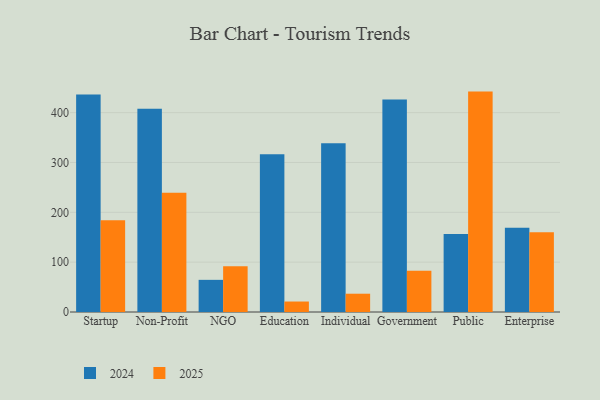
{"axis": {"x": "Segment", "y": "Waste Production (Tons)"}, "legend": ["2024", "2025"], "data": [{"x": "Startup", "y": 184.0, "type": "2025"}, {"x": "Startup", "y": 436.2, "type": "2024"}, {"x": "Non-Profit", "y": 239.1, "type": "2025"}, {"x": "Non-Profit", "y": 407.9, "type": "2024"}, {"x": "NGO", "y": 91.9, "type": "2025"}, {"x": "NGO", "y": 64.5, "type": "2024"}, {"x": "Education", "y": 21.0, "type": "2025"}, {"x": "Education", "y": 316.5, "type": "2024"}, {"x": "Individual", "y": 36.7, "type": "2025"}, {"x": "Individual", "y": 338.4, "type": "2024"}, {"x": "Government", "y": 82.7, "type": "2025"}, {"x": "Government", "y": 426.3, "type": "2024"}, {"x": "Public", "y": 442.2, "type": "2025"}, {"x": "Public", "y": 156.4, "type": "2024"}, {"x": "Enterprise", "y": 159.9, "type": "2025"}, {"x": "Enterprise", "y": 169.2, "type": "2024"}]}